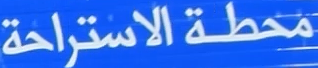
محطة الاستراحة